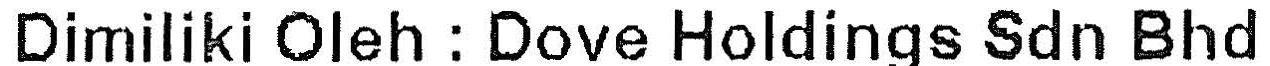
DIMILIKI OLEH : DOVE HOLDINGS SDN BHD